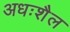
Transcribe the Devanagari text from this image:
अधःशैल